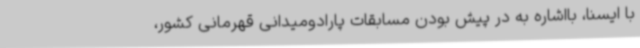
با ایسنا، بااشاره به در پیش بودن مسابقات پارادومیدانی قهرمانی کشور،